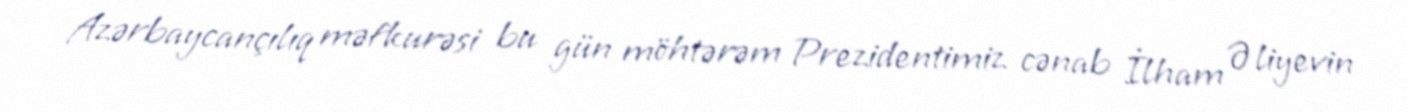
Azərbaycançılıq məfkurəsi bu gün möhtərəm Prezidentimiz cənab İlham Əliyevin